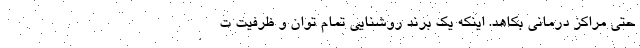
حتی مراکز درمانی بکاهد. اینکه یک برند روشنایی تمام توان و ظرفیت ت